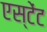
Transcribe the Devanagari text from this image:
एस्टेंट